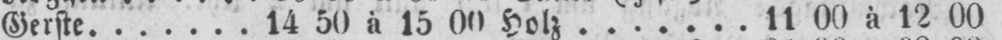
Gerste 14 50 à 15 00 Holz 11 00 à 12 00